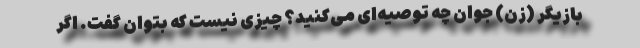
بازیگر (زن) جوان چه توصیه‌ای می‌کنید؟ چیزی نیست که بتوان گفت. اگر